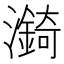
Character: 𪷼